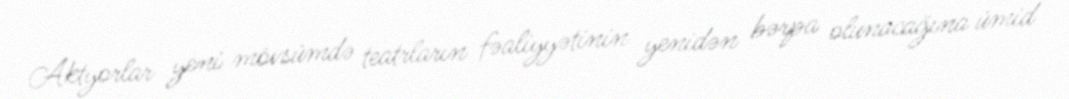
Aktyorlar yeni mövsümdə teatrların fəaliyyətinin yenidən bərpa olunacağına ümid